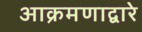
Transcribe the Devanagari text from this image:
आक्रमणाद्वारे